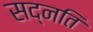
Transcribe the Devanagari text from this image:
सद्नति